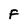
Character: F